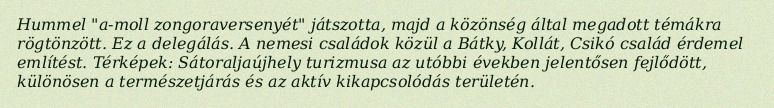
Hummel "a-moll zongoraversenyét" játszotta, majd a közönség által megadott témákra rögtönzött. Ez a delegálás. A nemesi családok közül a Bátky, Kollát, Csikó család érdemel említést. Térképek: Sátoraljaújhely turizmusa az utóbbi években jelentősen fejlődött, különösen a természetjárás és az aktív kikapcsolódás területén.